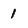
Character: 1